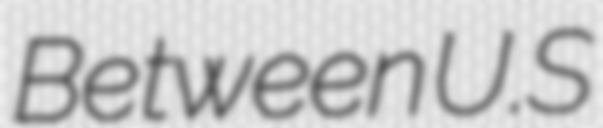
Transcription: Between U.S